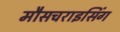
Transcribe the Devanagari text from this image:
मौसचराइसिंग